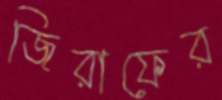
জিরাফের